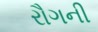
રૌગની